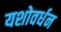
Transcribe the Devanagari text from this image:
यशोवर्धन